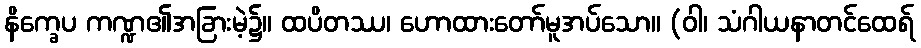
နိက္ခေပ ကဏ္ဍ၏အခြားမဲ့၌။ ထပိတဿ၊ ဟောထားတော်မူအပ်သော။ (ဝါ၊ သံဂါယနာတင်ထေရ်